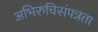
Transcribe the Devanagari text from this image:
अभिरुचिसंपन्नता